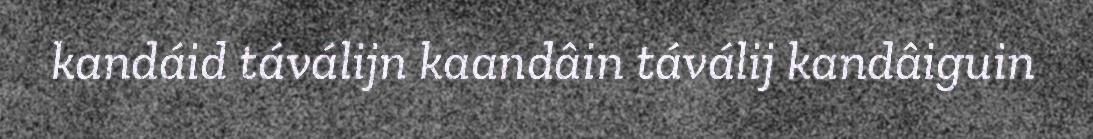
kandáid táválijn kaandâin táválij kandâiguin